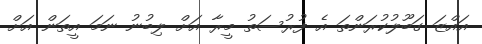
އައްޒަ ގަބޫލުކުރަންތަ އެ ފުރުސަތު މީރާ އަށް ލިބުނު ނަމަ އީތަން އަށް